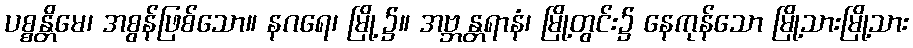
ပစ္စန္တိမေ၊ အစွန်ဖြစ်သော။ နဂရေ၊ မြို့၌။ အဗ္ဘန္တရာနံ၊ မြို့တွင်း၌ နေကုန်သော မြို့သားမြို့သား